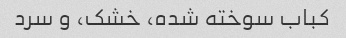
کباب سوخته شده، خشک، و سرد